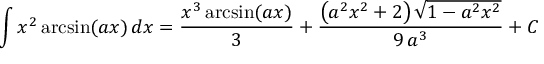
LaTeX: \int x ^ { 2 } \arcsin ( a x ) \, d x = { \frac { x ^ { 3 } \arcsin ( a x ) } { 3 } } + { \frac { \left( a ^ { 2 } x ^ { 2 } + 2 \right) { \sqrt { 1 - a ^ { 2 } x ^ { 2 } } } } { 9 \, a ^ { 3 } } } + C